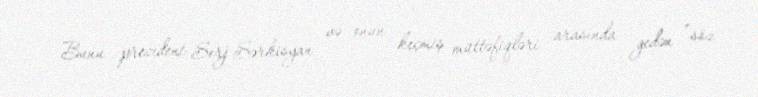
Bunu prezident Serj Sərkisyan və onun keçmiş müttəfiqləri arasında gedən ”söz